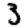
Digit: 3